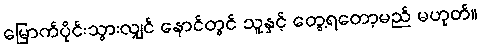
မြောက်ပိုင်းသွားလျှင် နောင်တွင် သူနှင့် တွေ့ရတော့မည် မဟုတ်။